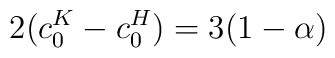
2 (c_{0}^{K} - c_{0}^{H}) = 3 (1 - \alpha)